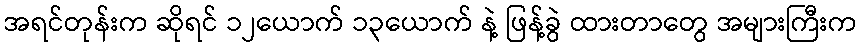
အရင်တုန်းက ဆိုရင် ၁၂ယောက် ၁၃ယောက် နဲ့ ဖြန့်ခွဲ ထားတာတွေ အများကြီးက